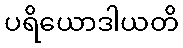
ပရိယောဒါယတိ